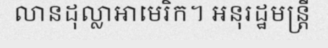
លានដុល្លាអាមេរិក។ អនុរដ្ឋមន្ត្រី